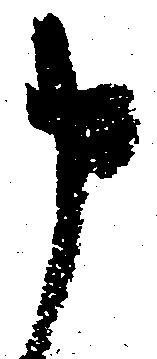
申